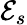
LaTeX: \mathcal{E}_{s}